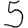
Digit: 5